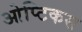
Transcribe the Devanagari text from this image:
ओप्टिकस